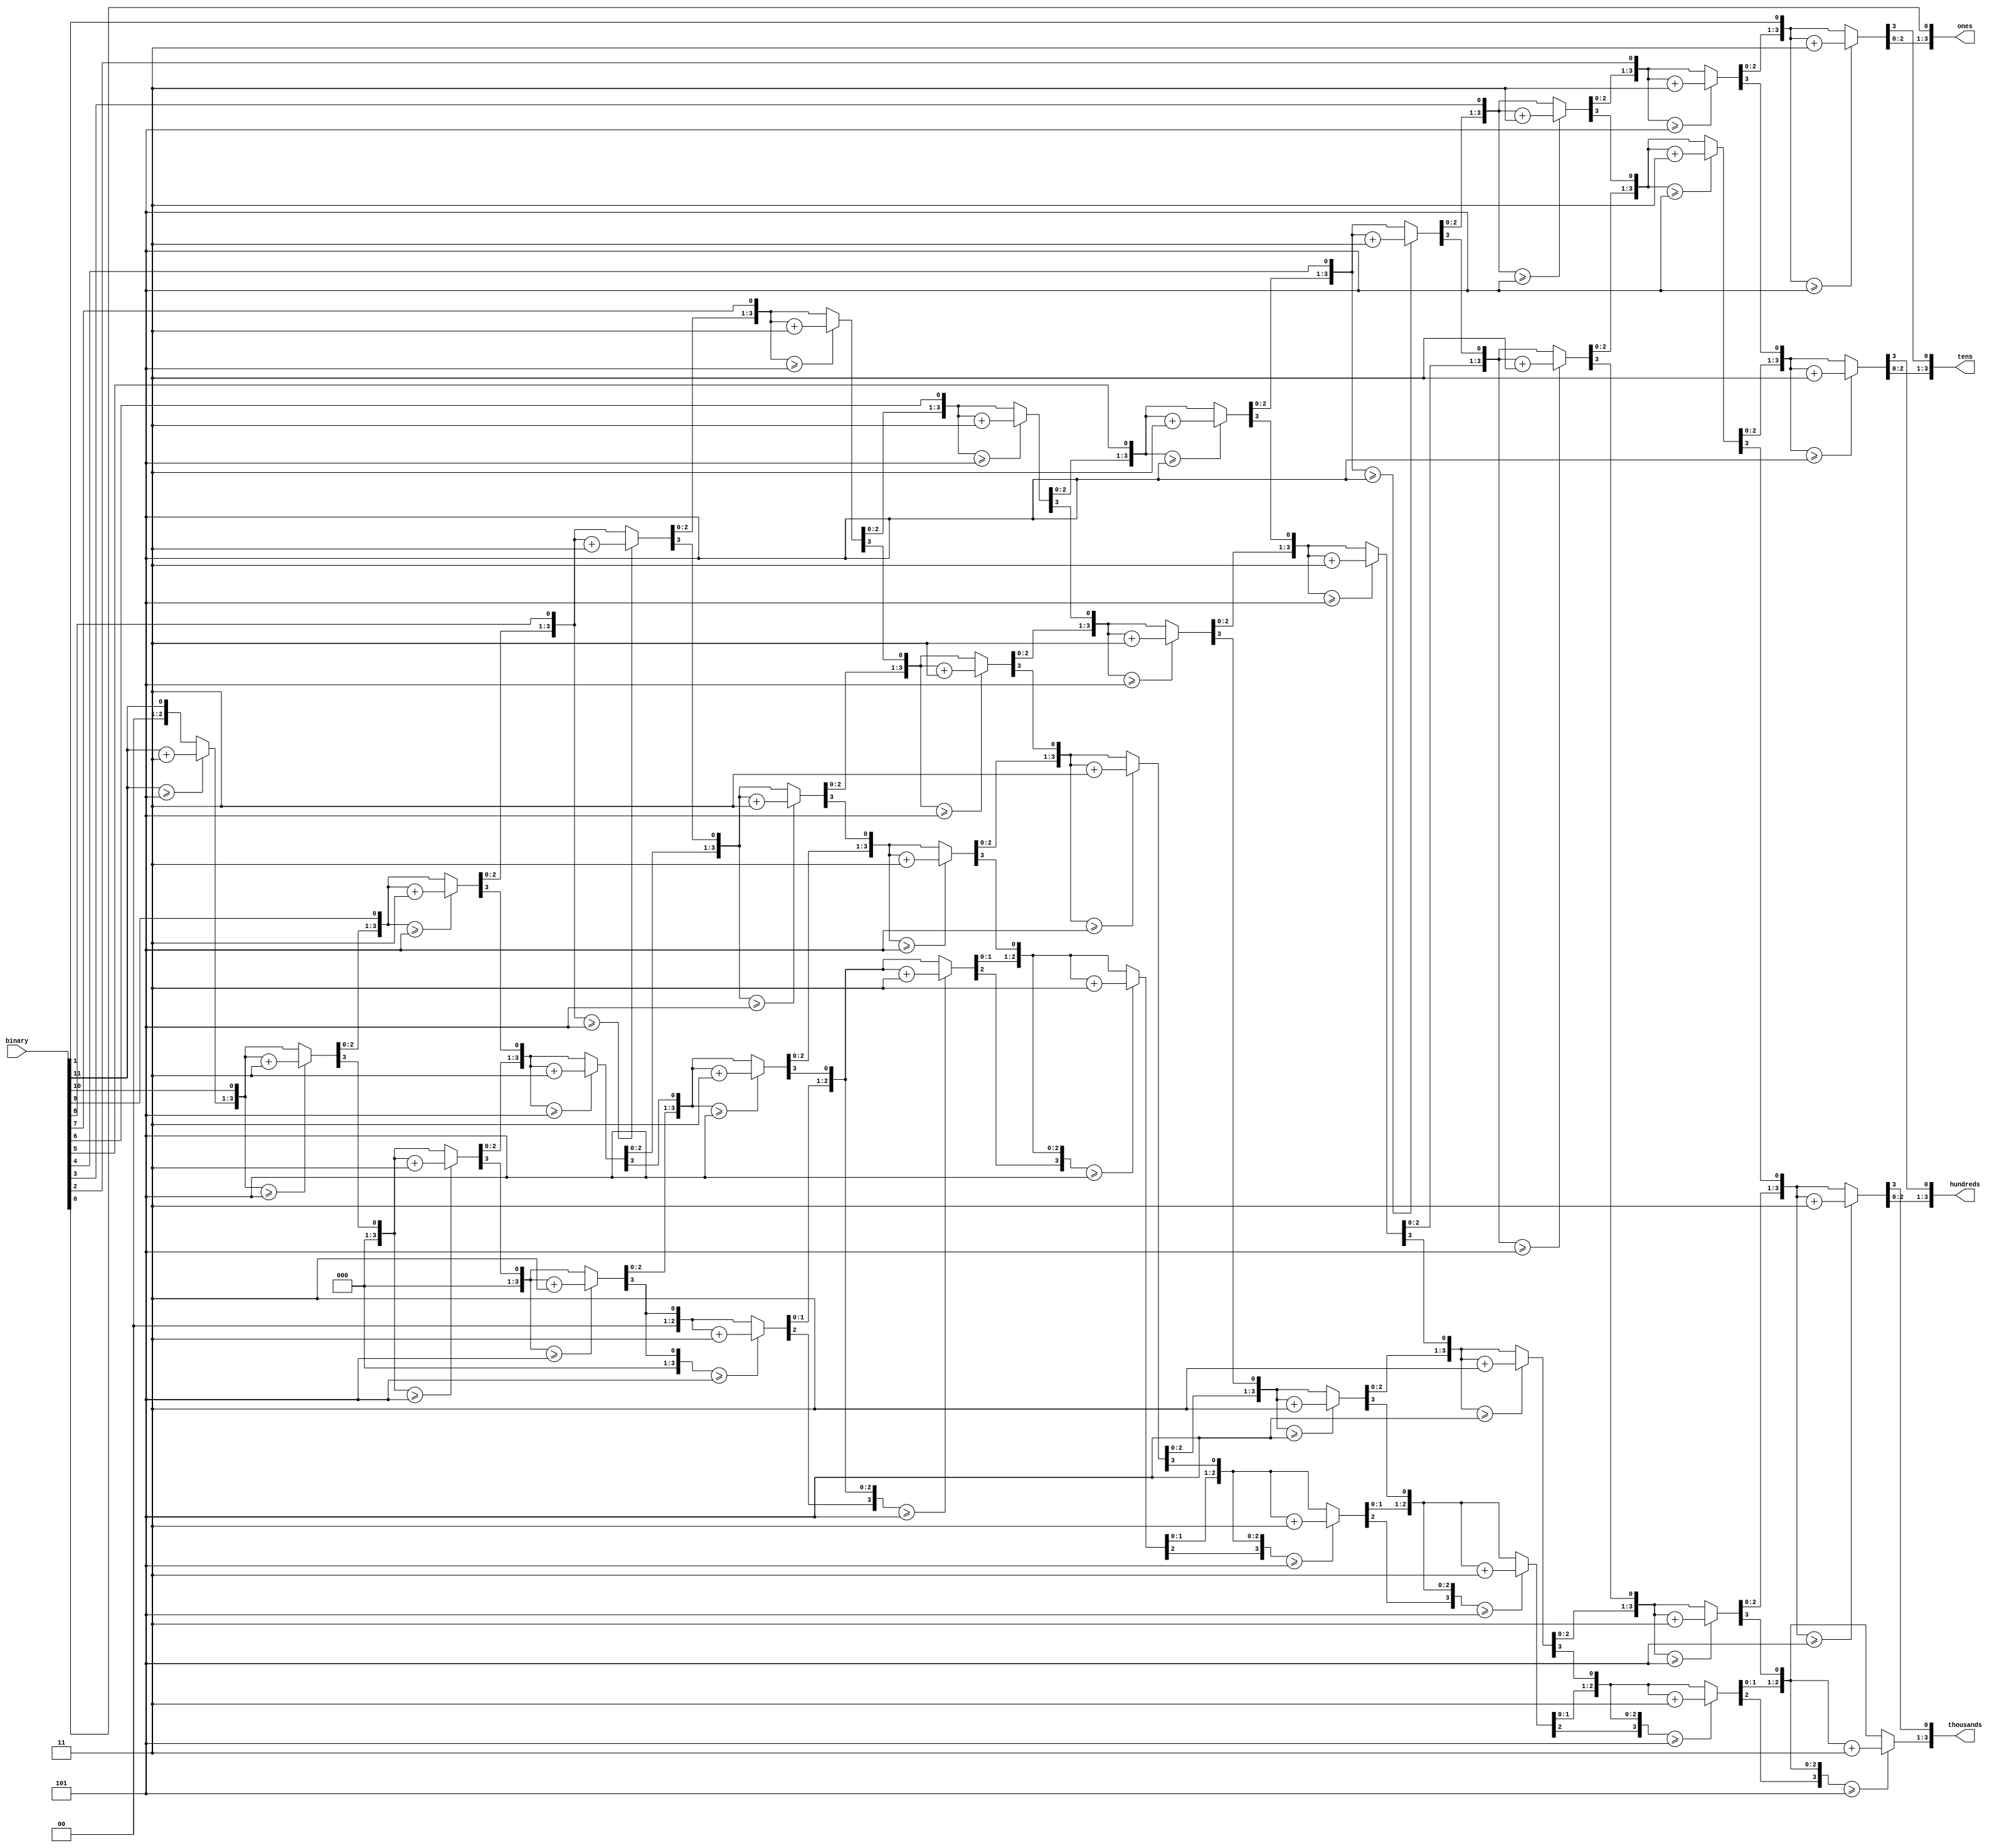
`timescale 1ns / 1ps
// Adapted From: http://www.deathbylogic.com/2013/12/binary-to-binary-coded-decimal-bcd-converter/
// Minor changes made to adjust for 12 bit input, 16 bit output
module bin_bcd(binary, thousands, hundreds, tens, ones);
     // I/O Signal Definitions
     input  [11:0] binary;
     output reg [3:0] thousands;
     output reg [3:0] hundreds;
     output reg [3:0] tens;
     output reg [3:0] ones;


     // Internal variable for storing bits
     reg [27:0] shift;
     integer i;

     always @(binary)
     begin
          thousands = 4'b0;
          hundreds = 4'b0;
          tens = 4'b0;
          ones = 4'b0;
          // Clear previous number and store new number in shift register
          shift = 0;
          shift[11:0] = binary;

          // Loop eight times
          for (i = 0; i < 12; i = i + 1)
          begin
               if (shift[15:12] >= 5)
                    shift[15:12] = shift[15:12] + 3;

               if (shift[19:16] >= 5)
                    shift[19:16] = shift[19:16] + 3;

               if (shift[23:20] >= 5)
                    shift[23:20] = shift[23:20] + 3;

               if (shift[27:24] >= 5)
                    shift[27:24] = shift[27:24] + 3;

               // Shift entire register left once
               shift = shift << 1;
          end

          // Push decimal numbers to output
          thousands = shift[27:24];
          hundreds  = shift[23:20];
          tens      = shift[19:16];
          ones      = shift[15:12];

     end

endmodule